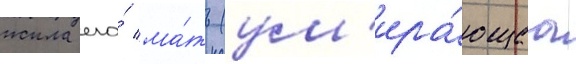
жила его́ ма́ть (ум'ира́ющаа